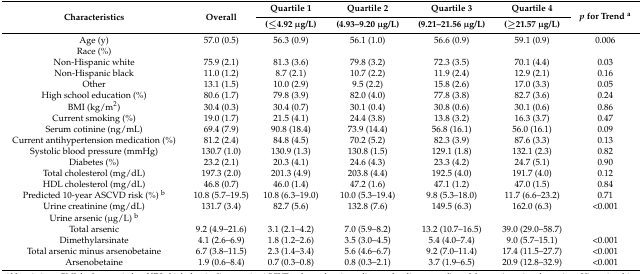
<table><thead><tr><td rowspan="2"><b>Characteristics</b></td><td rowspan="2"><b>Overall</b></td><td><b>Quartile 1</b></td><td><b>Quartile 2</b></td><td><b>Quartile 3</b></td><td><b>Quartile 4</b></td><td rowspan="2"><b><i>p</i> for Trend <sup>a</sup></b></td></tr><tr><td><b>(≤4.92 μg/L)</b></td><td><b>(4.93–9.20 μg/L)</b></td><td><b>(9.21–21.56 μg/L)</b></td><td><b>(≥21.57 μg/L)</b></td></tr></thead><tbody><tr><td>Age (y)</td><td>57.0 (0.5)</td><td>56.3 (0.9)</td><td>56.1 (1.0)</td><td>56.6 (0.9)</td><td>59.1 (0.9)</td><td>0.006</td></tr><tr><td>Race (%)</td><td></td><td></td><td></td><td></td><td></td><td></td></tr><tr><td>Non-Hispanic white</td><td>75.9 (2.1)</td><td>81.3 (3.6)</td><td>79.8 (3.2)</td><td>72.3 (3.5)</td><td>70.1 (4.4)</td><td>0.03</td></tr><tr><td>Non-Hispanic black</td><td>11.0 (1.2)</td><td>8.7 (2.1)</td><td>10.7 (2.2)</td><td>11.9 (2.4)</td><td>12.9 (2.1)</td><td>0.16</td></tr><tr><td>Other</td><td>13.1 (1.5)</td><td>10.0 (2.9)</td><td>9.5 (2.2)</td><td>15.8 (2.6)</td><td>17.0 (3.3)</td><td>0.05</td></tr><tr><td>High school education (%)</td><td>80.6 (1.7)</td><td>79.8 (3.9)</td><td>82.0 (4.0)</td><td>77.8 (3.8)</td><td>82.7 (3.6)</td><td>0.24</td></tr><tr><td>BMI (kg/m<sup>2</sup>)</td><td>30.4 (0.3)</td><td>30.4 (0.7)</td><td>30.1 (0.4)</td><td>30.8 (0.6)</td><td>30.1 (0.6)</td><td>0.86</td></tr><tr><td>Current smoking (%)</td><td>19.0 (1.7)</td><td>21.5 (4.1)</td><td>24.4 (3.8)</td><td>13.8 (3.2)</td><td>16.3 (3.7)</td><td>0.47</td></tr><tr><td>Serum cotinine (ng/mL)</td><td>69.4 (7.9)</td><td>90.8 (18.4)</td><td>73.9 (14.4)</td><td>56.8 (16.1)</td><td>56.0 (16.1)</td><td>0.09</td></tr><tr><td>Current antihypertension medication (%)</td><td>81.2 (2.4)</td><td>84.8 (4.5)</td><td>70.2 (5.2)</td><td>82.3 (3.9)</td><td>87.6 (3.3)</td><td>0.13</td></tr><tr><td>Systolic blood pressure (mmHg)</td><td>130.7 (1.0)</td><td>130.9 (1.3)</td><td>130.8 (1.5)</td><td>129.1 (1.8)</td><td>132.1 (2.3)</td><td>0.82</td></tr><tr><td>Diabetes (%)</td><td>23.2 (2.1)</td><td>20.3 (4.1)</td><td>24.6 (4.3)</td><td>23.3 (4.2)</td><td>24.7 (5.1)</td><td>0.90</td></tr><tr><td>Total cholesterol (mg/dL)</td><td>197.3 (2.0)</td><td>201.3 (4.9)</td><td>203.8 (4.4)</td><td>192.5 (4.0)</td><td>191.7 (4.0)</td><td>0.12</td></tr><tr><td>HDL cholesterol (mg/dL)</td><td>46.8 (0.7)</td><td>46.0 (1.4)</td><td>47.2 (1.6)</td><td>47.1 (1.2)</td><td>47.0 (1.5)</td><td>0.84</td></tr><tr><td>Predicted 10-year ASCVD risk (%) <sup>b</sup></td><td>10.8 (5.7–19.5)</td><td>10.8 (6.3–19.0)</td><td>10.0 (5.3–19.4)</td><td>9.8 (5.3–18.0)</td><td>11.7 (6.6–23.2)</td><td>0.71</td></tr><tr><td>Urine creatinine (mg/dL)</td><td>131.7 (3.4)</td><td>82.7 (5.6)</td><td>132.8 (7.6)</td><td>149.5 (6.3)</td><td>162.0 (6.3)</td><td>&lt;0.001</td></tr><tr><td>Urine arsenic (μg/L) <sup>b</sup></td><td></td><td></td><td></td><td></td><td></td><td></td></tr><tr><td>Total arsenic</td><td>9.2 (4.9–21.6)</td><td>3.1 (2.1–4.2)</td><td>7.0 (5.9–8.2)</td><td>13.2 (10.7–16.5)</td><td>39.0 (29.0–58.7)</td><td></td></tr><tr><td>Dimethylarsinate</td><td>4.1 (2.6–6.9)</td><td>1.8 (1.2–2.6)</td><td>3.5 (3.0–4.5)</td><td>5.4 (4.0–7.4)</td><td>9.0 (5.7–15.1)</td><td>&lt;0.001</td></tr><tr><td>Total arsenic minus arsenobetaine</td><td>6.7 (3.8–11.5)</td><td>2.3 (1.4–3.4)</td><td>5.6 (4.6–6.7)</td><td>9.2 (7.0–11.4)</td><td>17.4 (11.5–27.7)</td><td>&lt;0.001</td></tr><tr><td>Arsenobetaine</td><td>1.9 (0.6–8.4)</td><td>0.7 (0.3–0.8)</td><td>0.8 (0.3–2.1)</td><td>3.7 (1.9–6.5)</td><td>20.9 (12.8–32.9)</td><td>&lt;0.001</td></tr></tbody></table>